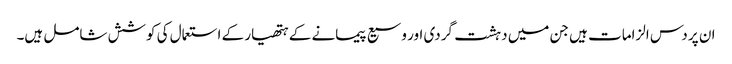
ان پر دس الزامات ہیں جن میں دہشت گردی اور وسیع پیمانے کے ہتھیار کے استعمال کی کوشش شامل ہیں۔